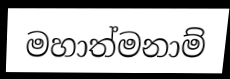
මහාත්මනාම්